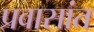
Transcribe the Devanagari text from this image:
प्रवासांत